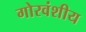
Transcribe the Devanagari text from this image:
गोरवंशीय